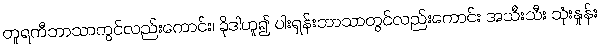
တူရကီဘာသာတွင်လည်းကောင်း၊ ခိုဒါဟူ၍ ပါးရှန်းဘာသာတွင်လည်းကောင်း အသီးသီး သုံးနှုန်း